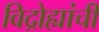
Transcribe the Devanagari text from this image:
विद्रोह्यांची